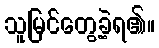
သူမြင်တွေ့ခဲ့ရ၏။